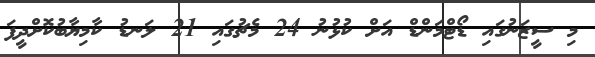
މި ސީޒަނުގައި ޑޯޓްމަންޑް އަށް ކުޅުނު 24 މެޗުގައި 21 ލަނޑު ކާމިޔާބުކޮށްދީފަ